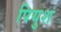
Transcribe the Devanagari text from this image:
पियुश